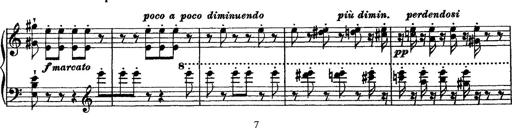
Title: Grande fantasie di bravura sur La clochette
Composer: Franz Liszt
Key: A minor